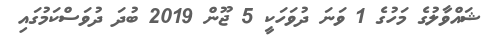
ޝައްވާލުގެ މަހުގެ 1 ވަނަ ދުވަހަކީ 5 ޖޫން 2019 ބުދަ ދުވަސްކަމުގައި